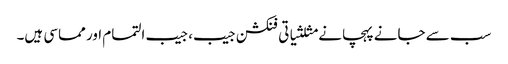
سب سے جانے پہچانے مثلثیاتی فنکشن جیب، جیب التمام اور مماسی ہیں۔